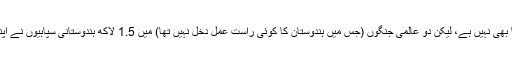
وہ کسی کی زمین کا بھوکا بھی نہیں ہے، لیکن دو عالمی جنگوں (جس میں ہندوستان کا کوئی راست عمل دخل نہیں تھا) میں 1.5 لاکھ ہندوستانی سپاہیوں نے اپنی زندگیوں کی قربانی دی۔